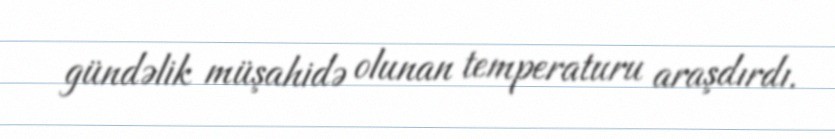
gündəlik müşahidə olunan temperaturu araşdırdı.